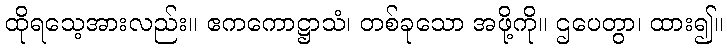
ထိုရသေ့အားလည်း။ ဧကကောဋ္ဌာသံ၊ တစ်ခုသော အဖို့ကို။ ဌပေတွာ၊ ထား၍။